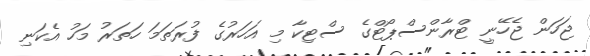
ޖަހަން ޖެހޭނީ ޓްރާންސްޕޯޓްގެ ސްޓިކާ މި އަހަރުގެ ފުރަތަމަ ހަތަރު މަހު އެކަނި